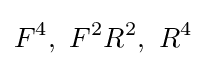
F^{4},\ F^{2}R^{2},\ R^{4}